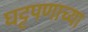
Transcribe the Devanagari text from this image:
घट्टपणाच्या